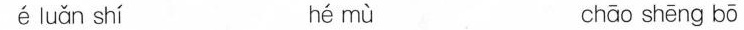
é luǎn shí hé mù chāo shēng bō